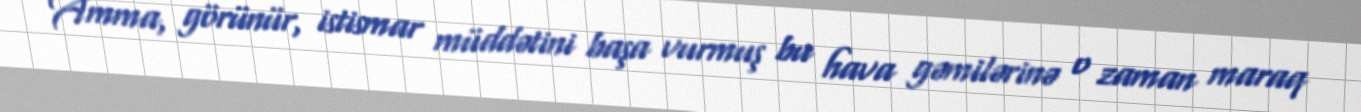
Amma, görünür, istismar müddətini başa vurmuş bu hava gəmilərinə o zaman maraq